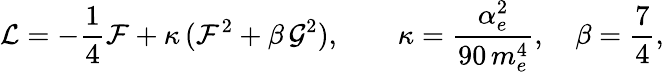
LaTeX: \mathcal{L}=-\frac{1}{4}\mathcal{F}+\kappa\, (\mathcal{F}^{2}+\beta\, \mathcal{G}^{2}),\qquad\kappa=\frac{\alpha_{e}^{2}}{90\, m_{e}^{4}},\quad\beta=\frac{7}{4},